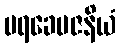
ပရခေမဇနိယံ